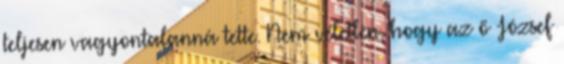
teljesen vagyontalanná tette. Nem véletlen, hogy az ő József